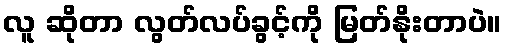
လူ ဆိုတာ လွတ်လပ်ခွင့်ကို မြတ်နိုးတာပဲ။